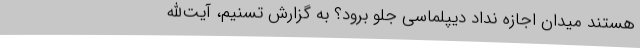
هستند میدان اجازه نداد دیپلماسی جلو برود؟ به گزارش تسنیم، آیت‌الله